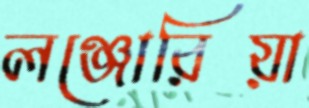
লঞ্জোরিয়া